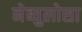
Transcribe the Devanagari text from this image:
नेब्युलोसा